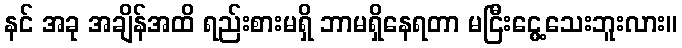
နင် အခု အချိန်အထိ ရည်းစားမရှိ ဘာမရှိနေရတာ မငြီးငွေ့သေးဘူးလား။